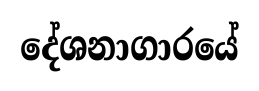
දේශනාගාරයේ